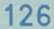
126